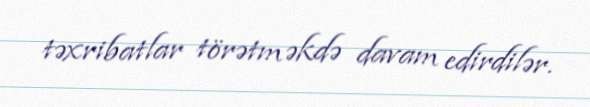
təxribatlar törətməkdə davam edirdilər.